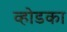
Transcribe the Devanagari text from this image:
व्होडका